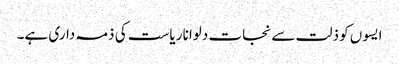
ایسوں کو ذلت سے نجات دلوانا ریاست کی ذمہ داری ہے۔